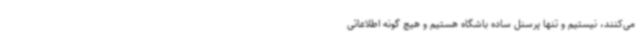
می‌کنند، نیستیم و تنها پرسنل ساده باشگاه هستیم و هیچ گونه اطلاعاتی